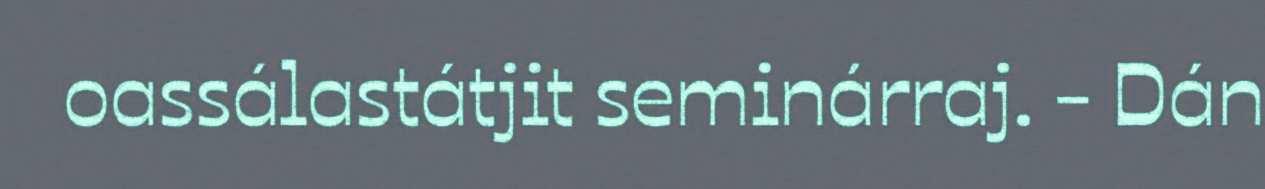
oassálastátjit seminárraj. - Dán